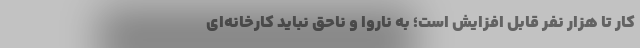
کار تا هزار نفر قابل افزایش است؛ به ناروا و ناحق نباید کارخانه‌ای